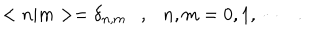
< n | m > = \delta _ { n , m } \ \ \ , \ \ \ n , m = 0 , 1 , \cdots \ \ \ .